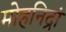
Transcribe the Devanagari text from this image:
मोहनिद्रां